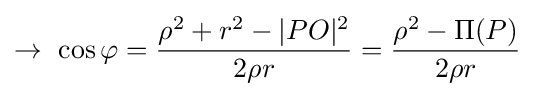
\rightarrow \ \cos \varphi ={\frac {\rho ^{2}+r^{2}-|PO|^{2}}{2\rho r}}={\frac {\rho ^{2}-\Pi (P)}{2\rho r}}